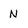
Character: N